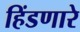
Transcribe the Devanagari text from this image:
हिंडणारे